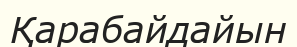
Қарабайдайын